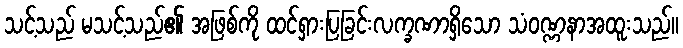
သင့်သည် မသင့်သည်၏ အဖြစ်ကို ထင်ရှားပြခြင်းလက္ခဏာရှိသော သံဝဏ္ဏနာအထူးသည်။